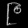
Digit: ၉